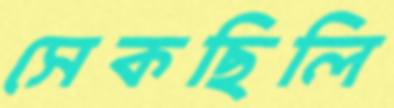
সেকছিলি